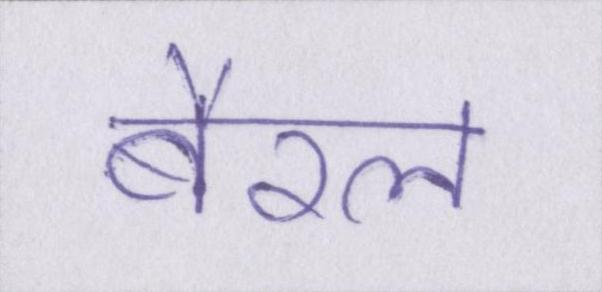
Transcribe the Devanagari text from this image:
बैरल